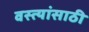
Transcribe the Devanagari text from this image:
वस्त्यांसाठी